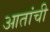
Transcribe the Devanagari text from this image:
आतांची